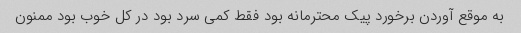
به موقع آوردن برخورد پیک محترمانه بود فقط کمی سرد بود در کل خوب بود ممنون